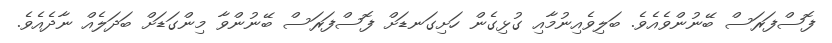
ފޮސްފަރަސް ބޭނުންވެއެވެ. ބަލިވެއިނުމާއި ގުޅިގެން ހަށިގަނޑަށް ފޮސްފަރަސް ބޭނުންވާ މިންގަޑަށް ބަދަލެއް ނާދެއެވެ.